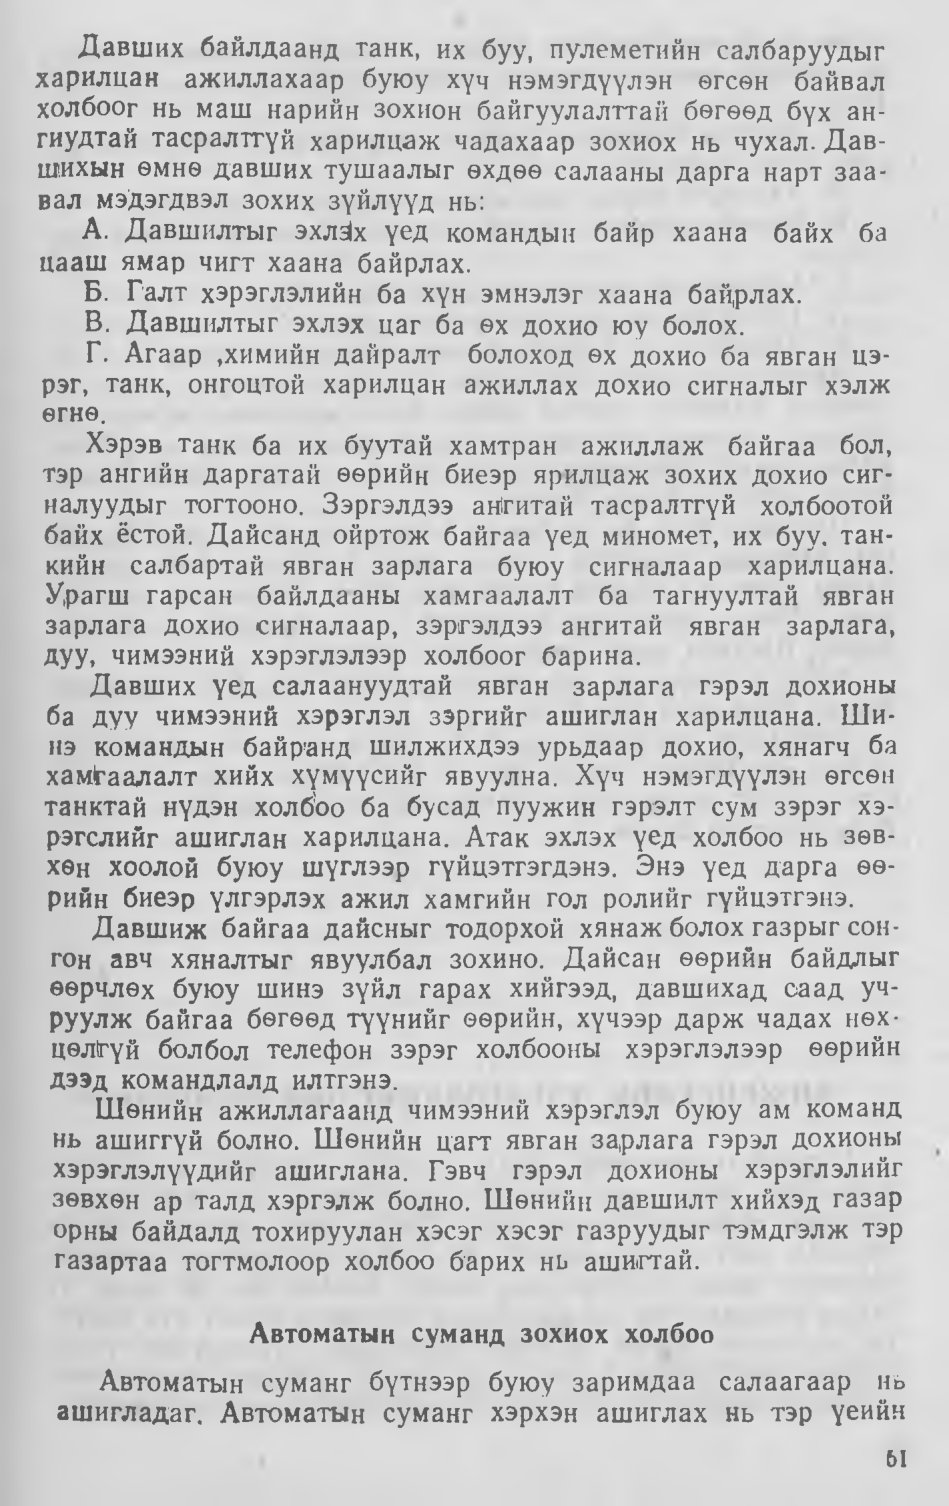
Language: mn